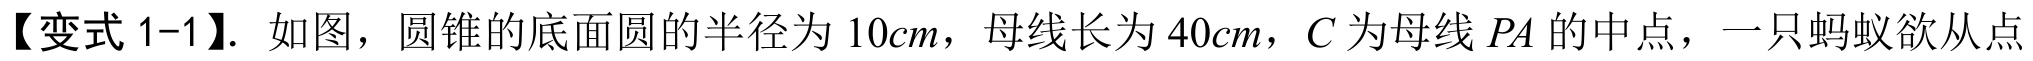
【变式 1-1】. 如图，圆锥的底面圆的半径为 \(10cm\)，母线长为 \(40cm\)，\(C\) 为母线 \(PA\) 的中点，一只蚂蚁欲从点